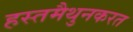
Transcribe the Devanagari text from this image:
हस्तमैथुनकरत